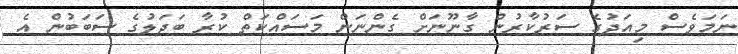
ނަމަވެސް މިއަދުގެ ސަރުކާރުން ގާނޫނަށް ގެންނަން މަސައްކަތް ކުރާ ބަދަލުގެ ސަބަބުން އެ